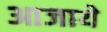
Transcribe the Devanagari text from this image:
आजाये